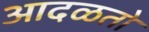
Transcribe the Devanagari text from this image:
आदळतो